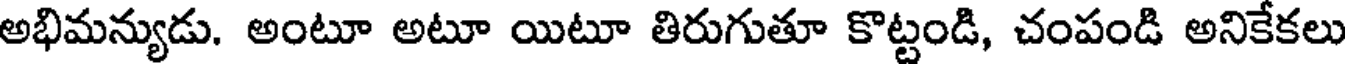
అభిమన్యుడు. అంటూ అటూ యిటూ తిరుగుతూ కొట్టండి, చంపండి అనికేకలు